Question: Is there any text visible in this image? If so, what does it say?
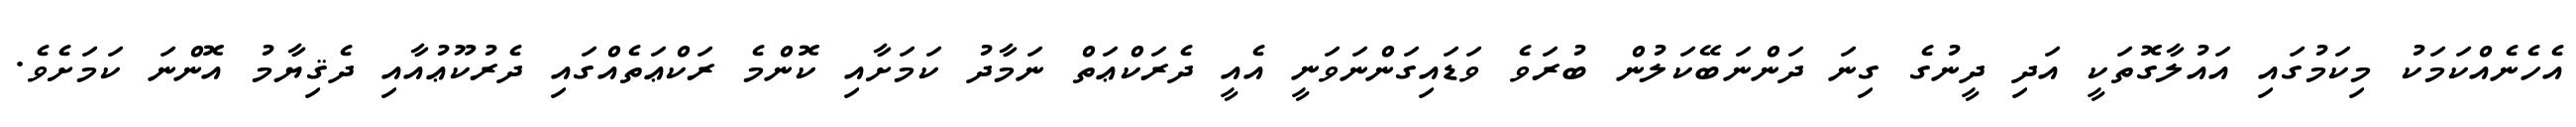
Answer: އެހެނެއްކަމަކު މިކަމުގައި އައުލާގޮތަކީ އަދި ދީނުގެ ގިނަ ދަންނަބޭކަލުން ބުރަވެ ވަޑައިގަންނަވަނީ އެއީ ދެރަކްޢަތް ނަމާދު ކަމަށާއި ކޮންމެ ރަކްޢަތެއްގައި ދެރުކޫޢުއާއި ދެޤިޔާމު އޮންނަ ކަމަށެވެ.